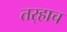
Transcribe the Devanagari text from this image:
तर्‍हाच